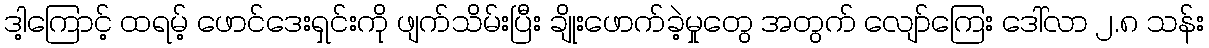
ဒါ့ကြောင့် ထရမ့် ဖောင်ဒေးရှင်းကို ဖျက်သိမ်းပြီး ချိုးဖောက်ခဲ့မှုတွေ အတွက် လျော်ကြေး ဒေါ်လာ ၂.၈ သန်း